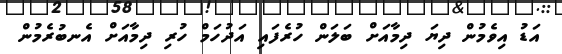
އަޑު އިވެމުން ދިޔަ ދިމާއަށް ބަލަން ހުރެފައި އަދުހަމް ހުރި ދިމާއަށް އެނބުރެމުން